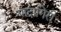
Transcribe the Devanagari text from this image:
यादागिरी